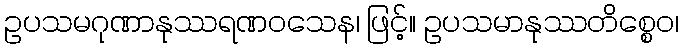
ဥပသမဂုဏာနုဿရဏဝသေန၊ ဖြင့်။ ဥပသမာနုဿတိစ္စေဝ၊